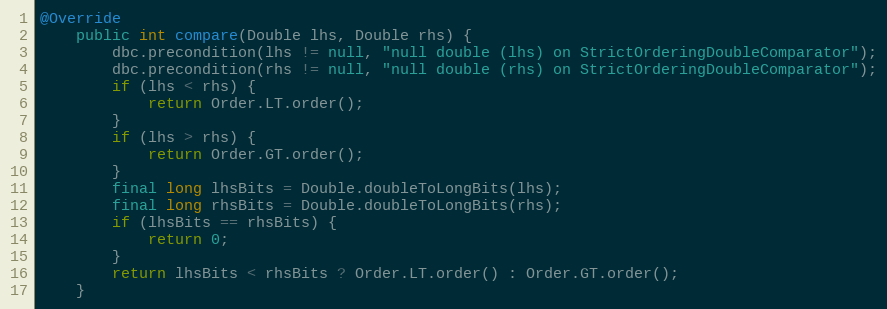
Language: Java
@Override
    public int compare(Double lhs, Double rhs) {
        dbc.precondition(lhs != null, "null double (lhs) on StrictOrderingDoubleComparator");
        dbc.precondition(rhs != null, "null double (rhs) on StrictOrderingDoubleComparator");
        if (lhs < rhs) {
            return Order.LT.order();
        }
        if (lhs > rhs) {
            return Order.GT.order();
        }
        final long lhsBits = Double.doubleToLongBits(lhs);
        final long rhsBits = Double.doubleToLongBits(rhs);
        if (lhsBits == rhsBits) {
            return 0;
        }
        return lhsBits < rhsBits ? Order.LT.order() : Order.GT.order();
    }